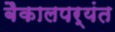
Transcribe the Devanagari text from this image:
बैकालपर्यंत